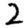
Digit: 2